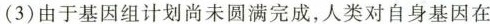
(3)由于基因组计划尚未圆满完成，人类对自身基因在